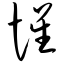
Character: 惺